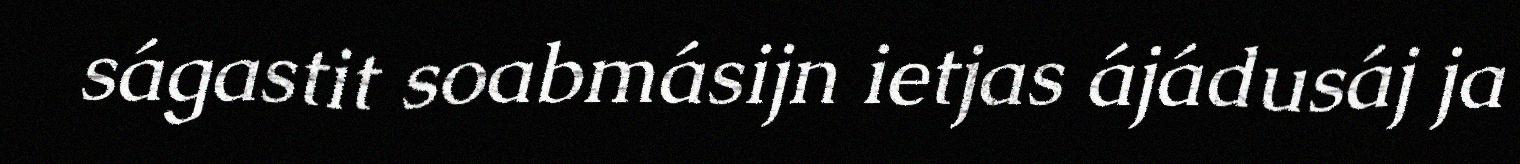
ságastit soabmásijn ietjas ájádusáj ja